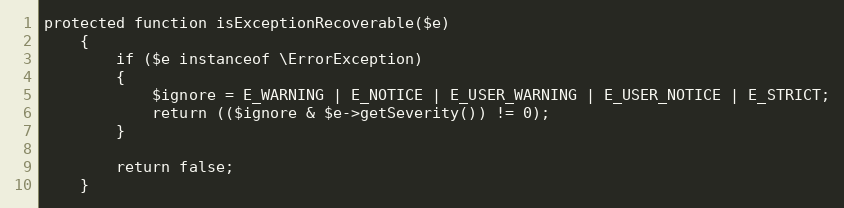
Language: PHP
protected function isExceptionRecoverable($e)
	{
		if ($e instanceof \ErrorException)
		{
			$ignore = E_WARNING | E_NOTICE | E_USER_WARNING | E_USER_NOTICE | E_STRICT;
			return (($ignore & $e->getSeverity()) != 0);
		}

		return false;
	}